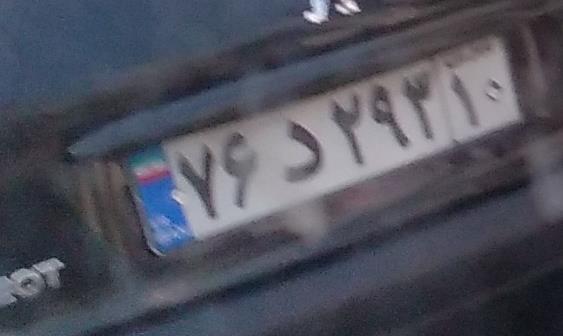
۷۶د۲۹۳۱۰